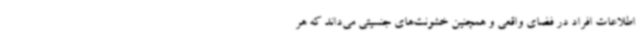
اطلاعات افراد در فضای واقعی و همچنین خشونت‌های جنسیتی می‌داند که هر